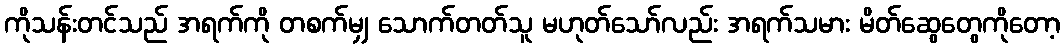
ကိုသန်းတင်သည် အရက်ကို တစက်မျှ သောက်တတ်သူ မဟုတ်သော်လည်း အရက်သမား မိတ်ဆွေတွေကိုတော့